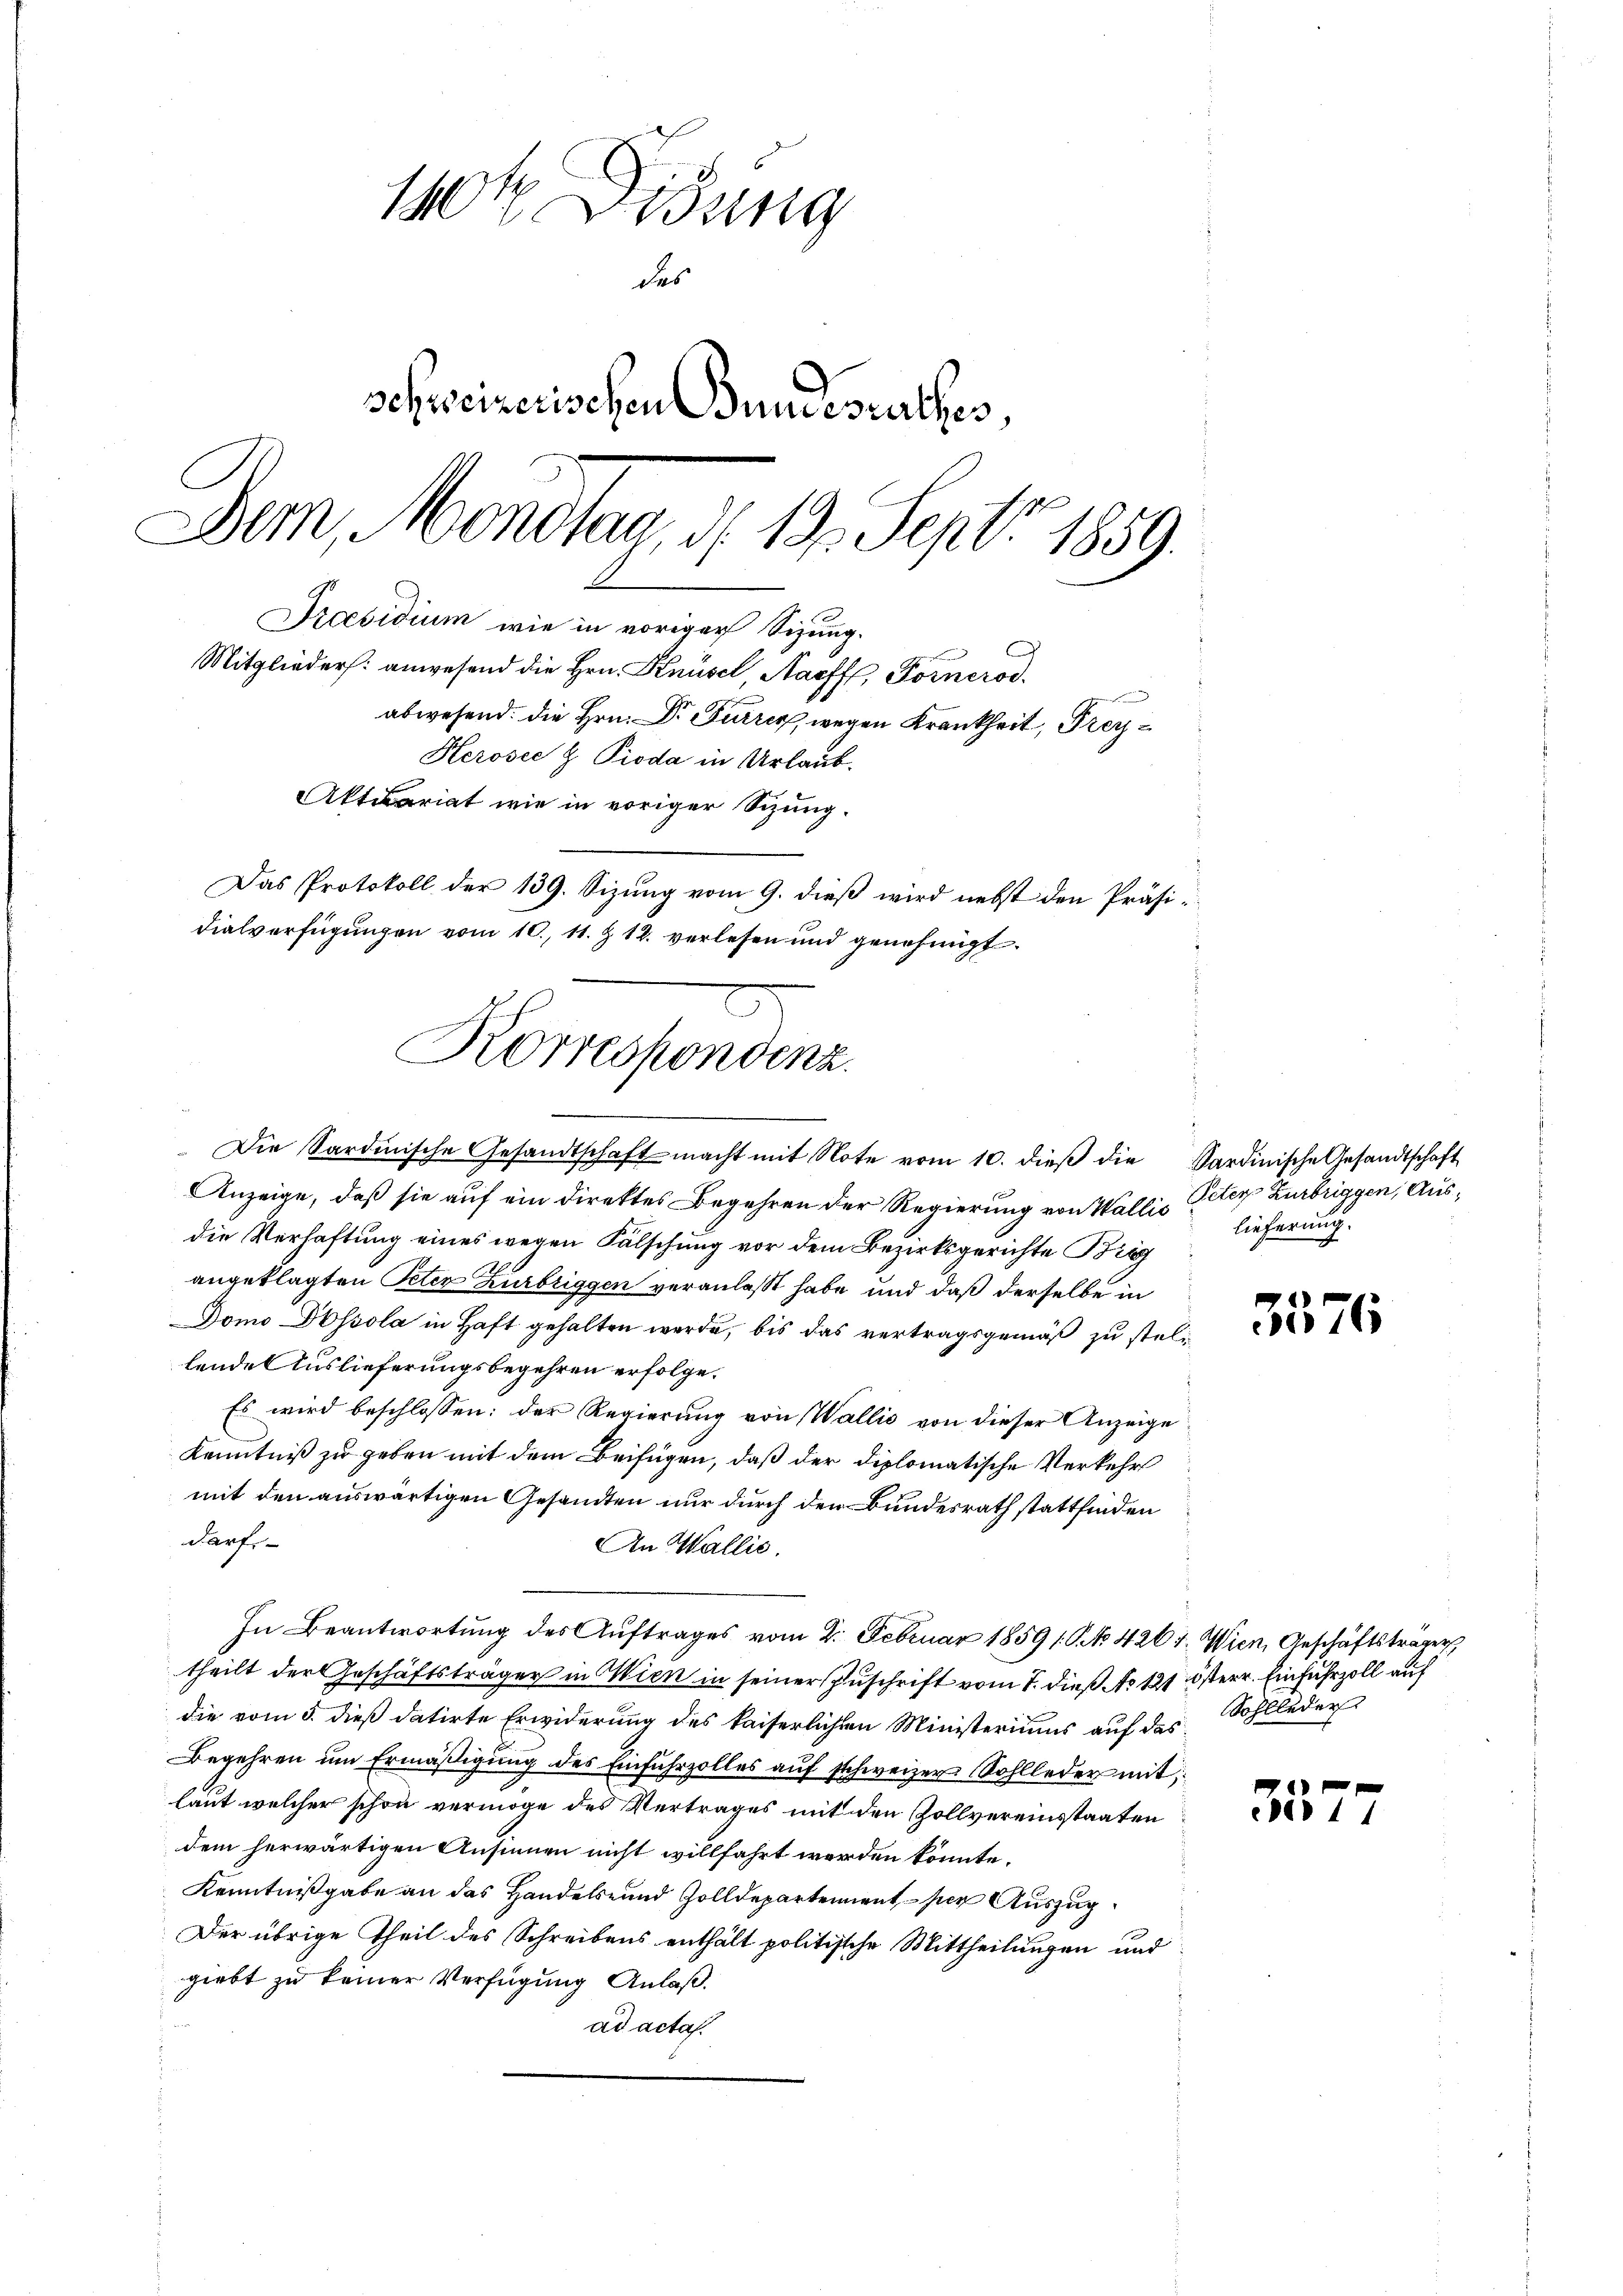
110½ Didung
des
schweizerischen Bundesurthes,
Dem Mondlag, d. 13. Sept. 1889.
Praesidium wie in voriger Sizung.
Mitglieder: anwesend die Hrn. Knüsel, Harfff, Fornerod

abwesend: Die Hrn. Dr Furrer, wegen Krankheit, Frey¬

Herosie & Pioda in Urlaub.
Altariat wie in voriger Sizung.

Das Protokoll der 139. Sizung vom 9. dieß wird nebst den Präsidialverfügungen vom 10. 11. Z. 12. verlesen und genehmigt.

Korrespondenz.

Die Sardinische Gesandtschaft macht mit Note vom 10. dieβ die Sardinische Gesandtschaft
Anzeige, daß sie auf ein Direktes Begehren der Regierung von Wallis
die Verhaftung eines wegen Fälschung vor dem Bezirksgerichte Brig
angeklagten Peter Zurbriggen veranlaßt habe und daß derselbe in
Domo Dossola in Haft gehalten werde, bis das vertragsgemäß zu stelllende Auslieferungsbegehren erfolge.
Es wird beschlossen: der Regierung von Wallis von dieser Anzeige
Kenntniß zu geben mit dem Beifügen, daß der diplomatische Verkehr
mit den auswärtigen Gesandten nur durch den Bundesrath stattfinden
darf
An Wallis.
In Beantwortung des Auftrages vom 2. Februar 1859 /. P. No. 4261. Wien, Geschäftsträger
theilt der Geschäftsträger in Wien in seiner Zuschrift vom 7. dieß No 121 Österr. Einfuhrzoll auf
die vom 5. dieß datirte Erwiderung des kaiserlichten Ministeriums auf das
Begehren um Ermäßigung des Einfuhrzolles auf schweizer Sohlleder mit
laut welcher schon vermöge des Vertrages mit den Zollvereinstaaten
dem herwärtigen Ansinnen nicht willfahrt werden könnte.
Kenntnißgabe an das Handels- und Zolldepartement per Auszug
Der übrige Theil des Schreibens enthält politische Mittheilungen und
giebt zu keiner Verfügung Anlaß.
ad acta.

Peter Zurbriggen, Auslieferung.

3576

Sohlleder

57